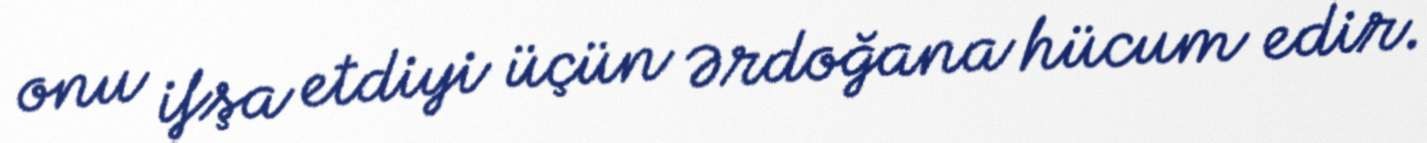
onu ifşa etdiyi üçün Ərdoğana hücum edir.